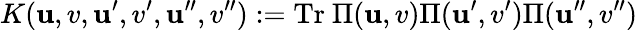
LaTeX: K(\mathbf{u},v,\mathbf{u}^{\prime},v^{\prime},\mathbf{u}^{\prime\prime},v^{\prime\prime}):=\mathrm{{Tr}}~\Pi(\mathbf{u},v)\Pi(\mathbf{u}^{\prime},v^{\prime})\Pi(\mathbf{u}^{\prime\prime},v^{\prime\prime})